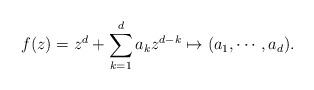
LaTeX: \begin{align*}f(z)=z^d+\sum_{k=1}^da_kz^{d-k}\mapsto (a_1,\cdots ,a_d).\end{align*}